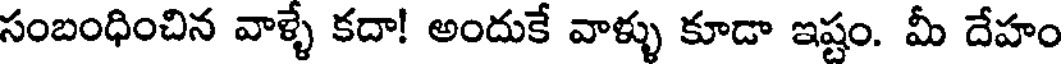
సంబంధించిన వాళ్ళే కదా! అందుకే వాళ్ళు కూడా ఇష్టం. మీ దేహం